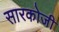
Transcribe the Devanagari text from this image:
सारकोजी